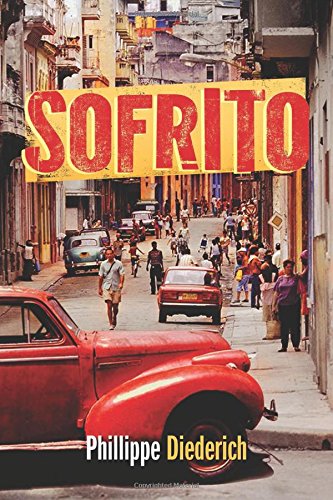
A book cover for Sofrito; Phillippe Diederich; Mystery, Thriller & Suspense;